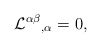
\begin{align*}{{\cal L}^{\alpha\beta}}_{,\alpha}=0, \end{align*}